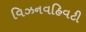
વિઝનવહિવટી